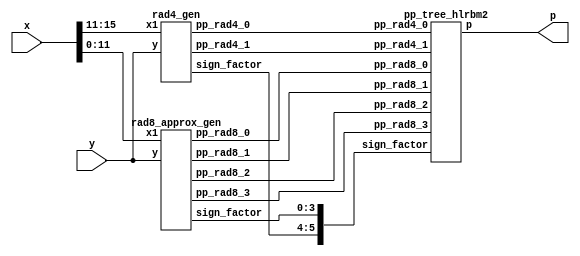
`timescale 1ns / 1ps
//////////////////////////////////////////////////////////////////////////////////
// Company: 
// Engineer: 
// 
// Design Name: 
// Module Name: AHHRE_10bit
// Project Name: 
// Target Devices: 
// Tool Versions: 
// Description: 
// 
// Dependencies: 
// 
// Revision:
// Revision 0.01 - File Created
// Additional Comments:
// 
//////////////////////////////////////////////////////////////////////////////////


module HLR_BM2(
    input [15:0] x,
    input [15:0] y,
    output [31:0] p
    );

// Generate pp
    
    // Radix 4 pp
    
    wire [16:0] pp_rad4_0;
    wire [16:0] pp_rad4_1;
    wire [5:0] sign_factor;
    
    rad4_gen rad4_gen1( 
        .x1(x[15:11]), .y(y),
        .pp_rad4_0(pp_rad4_0),
        .pp_rad4_1(pp_rad4_1),
        .sign_factor(sign_factor[5:4]));
        
    // Radix 1024 pp 
    
    wire [17:0] pp_rad8_0;
    wire [17:0] pp_rad8_1;
    wire [17:0] pp_rad8_2; 
    wire [17:0] pp_rad8_3; 

    rad8_approx_gen rad8_gen1( 
        .x1(x[11:0]), .y(y),
        .pp_rad8_0(pp_rad8_0),
        .pp_rad8_1(pp_rad8_1),
        .pp_rad8_2(pp_rad8_2),
        .pp_rad8_3(pp_rad8_3),
        .sign_factor(sign_factor[3:0]));
        

    // Tree
    pp_tree_hlrbm2 wallace_tree(
        .pp_rad4_0(pp_rad4_0),
        .pp_rad4_1(pp_rad4_1),
        .pp_rad8_0(pp_rad8_0),
        .pp_rad8_1(pp_rad8_1),
        .pp_rad8_2(pp_rad8_2),
        .pp_rad8_3(pp_rad8_3),
        .sign_factor(sign_factor),
        .p(p));
      
endmodule

// Radix 4 gen



// like on the picture

module rad4_gen( x1,y,pp_rad4_0,pp_rad4_1,sign_factor);
    // inputs
    // y multiplicand
    // x multipland 
    // P1,P2,P3 partial products
    input [15:0] y;
    input [4:0] x1;
    // output
    output [16:0] pp_rad4_0;
    output [16:0] pp_rad4_1;
    output [1:0] sign_factor;
   
    wire [1:0] one,two,sign;
    
    code code0(one[0],two[0],sign[0],x1[2],x1[1], x1[0]);
    code code1(one[1],two[1],sign[1],x1[4],x1[3], x1[2]);

 
    
    wire [16:0] tmp1_pp; 
    assign tmp1_pp = {y[15],y}; // This variable is introduced because pp has 17 bits
    
    // first pp generation 
    wire [17:0] out1;
    assign out1[0] = sign[0];
    
    genvar i;
    generate
        for ( i = 0; i < 17; i = i+1 )
            begin : pp_rad4_first 
            product pp_pr(tmp1_pp[i],out1[i],one[0],two[0],sign[0],pp_rad4_0[i],out1[i+1]);
            end
    endgenerate
    
    // second pp generation 
    wire[17:0] out2;
    assign out2[0] = sign[1];
    
    
    genvar i2;
    generate
        for ( i2 = 0; i2 < 17; i2 = i2+1 )
            begin : pp_second 
            product pp_pr(tmp1_pp[i2],out2[i2],one[1],two[1],sign[1],pp_rad4_1[i2],out2[i2+1]);
            end
    endgenerate
    
    genvar i_sign;
    generate
        for ( i_sign = 0; i_sign < 2; i_sign = i_sign+1 )
            begin : sgn_fac
            sgn_gen sgn_genXX(one[i_sign],two[i_sign],sign[i_sign],sign_factor[i_sign]);
            end
    endgenerate

endmodule


module code(one,two,sign,y2,y1,y0);  
	input y2,y1,y0;                     
	output one,two,sign;                
	wire [1:0]k;                        
	xor x1(one,y0,y1);                  
	xor x2(k[1],y2,y1);                 
	not n1(k[0],one);                   
	and a1(two,k[0],k[1]);              
	assign sign=y2;                     
endmodule        

module product(x1,x0,one,two,sign,p,i);
	input x1,x0,sign,one,two;
	output p,i;
	wire [1:0] k;
	xor xo1(i,x1,sign);
	and a1(k[1],i,one);
	and a0(k[0],x0,two);
	or o1(p,k[1],k[0]);
endmodule

//sign_factor generate

module sgn_gen(one,two,sign,sign_factor);
	input sign,one,two;
	output sign_factor;
	wire k;
	or o1(k,one,two);
	and a1(sign_factor,sign,k);
endmodule


module rad8_approx_gen( x1,y,pp_rad8_0,pp_rad8_1,pp_rad8_2,pp_rad8_3,sign_factor);
    // inputs
    // y multiplicand
    // x multipland 
    // P1,P2,P3 partial products
    input [15:0] y;
    input [11:0] x1;
    // output
    output [17:0] pp_rad8_0;
    output [17:0] pp_rad8_1;
    output [17:0] pp_rad8_2;
    output [17:0] pp_rad8_3;
    output [3:0] sign_factor;
   
    wire [3:0] one,two,four,sign;
    
    wire [3:0] ls_enc;
    assign ls_enc={x1[2:0],1'b0};

    code_rad8 code0(one[0],two[0],four[0],sign[0],ls_enc);
    code_rad8 code1(one[1],two[1],four[1],sign[1],x1[5:2]);
    code_rad8 code2(one[2],two[2],four[2],sign[2],x1[8:5]);
    code_rad8 code3(one[3],two[3],four[3],sign[3],x1[11:8]);
    
    wire [19:0] tmp1_pp; 
    assign tmp1_pp = {y[15],y[15],y,1'b0,1'b0}; // This variable is introduced because pp has 17 bits
    
    // first pp generation 
    wire [17:0] out1;
    assign out1[0] = sign[0];
    
    genvar i;
    generate
        for ( i = 0; i < 18; i = i+1 )
            begin : pp_rad8_first 
            rad8_unit pp_gen(pp_rad8_0[i],sign[0],one[0],two[0],four[0],tmp1_pp[i],tmp1_pp[i+1],tmp1_pp[i+2]);
            end
    endgenerate
    
    genvar i1;
    generate
        for ( i1 = 0; i1 < 18; i1 = i1+1 )
            begin : pp_rad8_second 
            rad8_unit pp_gen(pp_rad8_1[i1],sign[1],one[1],two[1],four[1],tmp1_pp[i1],tmp1_pp[i1+1],tmp1_pp[i1+2]);
            end
    endgenerate
    
    genvar i2;
    generate
        for ( i2 = 0; i2 < 18; i2 = i2+1 )
            begin : pp_rad8_third
            rad8_unit pp_gen(pp_rad8_2[i2],sign[2],one[2],two[2],four[2],tmp1_pp[i2],tmp1_pp[i2+1],tmp1_pp[i2+2]);
            end
    endgenerate

    genvar i3;
    generate
        for ( i3 = 0; i3 < 18; i3 = i3+1 )
            begin : pp_rad8_fourth
            rad8_unit pp_gen(pp_rad8_3[i3],sign[3],one[3],two[3],four[3],tmp1_pp[i3],tmp1_pp[i3+1],tmp1_pp[i3+2]);
            end
    endgenerate
    

    assign sign_factor = sign;

endmodule

//generation of inner products

module code_rad8(one,two,four,sign,x_enc);  
	input [3:0] x_enc;                     
	output one,two,four,sign;
      
    assign sign = x_enc[3];

    wire [1:0] tmp_four;
    assign tmp_four[0] = ~x_enc[3] &  x_enc[2]  &  x_enc[1];
    assign tmp_four[1] =  x_enc[3] & ~x_enc[2]  & ~x_enc[1];
    assign four = tmp_four[0] | tmp_four[1];

    wire [3:0] tmp_two;
    assign tmp_two[0] = ~x_enc[2] &  x_enc[1] &  x_enc[0];
    assign tmp_two[1] =  x_enc[2] & ~x_enc[1] & ~x_enc[0];
    assign tmp_two[2] =  x_enc[3] & ~x_enc[2] &  x_enc[1];
    assign tmp_two[3] = ~x_enc[3] &  x_enc[2] & ~x_enc[1];
    assign two = |(tmp_two);

    wire [3:0] tmp_one;
    assign tmp_one[0] = ~x_enc[3] & ~x_enc[2] & ~x_enc[1] &  x_enc[0];
    assign tmp_one[1] = ~x_enc[3] & ~x_enc[2] &  x_enc[1] & ~x_enc[0];
    assign tmp_one[2] =  x_enc[3] &  x_enc[2] & ~x_enc[1] &  x_enc[0];
    assign tmp_one[3] =  x_enc[3] &  x_enc[2] &  x_enc[1] & ~x_enc[0];
    assign one = |{tmp_one};           
endmodule  


module rad8_unit(pp_i,sign,one,two,four, x2, x1, x0);
    input sign, one, two,four;
    input x2,x1,x0;
    output pp_i;

    wire [2:0] a_vec;
    wire [2:0] enc_vec;

    assign a_vec = {x2,x1,x0};
    assign enc_vec = {four,two,one};
    // sign change
    wire [2:0] a_sign;
    
    assign a_sign[2] = sign ^ a_vec[2];
    assign a_sign[1] = sign ^ a_vec[1];
    assign a_sign[0] = sign ^ a_vec[0];
    
    // enc and  a_sign
    wire [2:0] a_enc;
    assign a_enc = a_sign & enc_vec;
    
    // pp_i
    assign pp_i = ( a_enc[2] | a_enc[1] | a_enc[0]);  
 
endmodule


module sgn_gen_rad8(one,two,four,sign,sign_factor);
	input sign,one,two,four;
	output sign_factor;
	wire k;
	assign k = one & two & four;
	assign sign_factor = k & sign;
endmodule


module pp_tree_hlrbm2(
    input [16:0] pp_rad4_0,
    input [16:0] pp_rad4_1,
    input [17:0] pp_rad8_0,
    input [17:0] pp_rad8_1,
    input [17:0] pp_rad8_2,
    input [17:0] pp_rad8_3,
    input [5:0] sign_factor,
    output [31:0] p);
    
    
    wire [5:0] E_MSB;
    assign E_MSB[0] = ~pp_rad8_0[17];
    assign E_MSB[1] = ~pp_rad8_1[17];
    assign E_MSB[2] = ~pp_rad8_2[17];
    assign E_MSB[3] = ~pp_rad8_3[17];
    assign E_MSB[4] = ~pp_rad4_0[16];
    assign E_MSB[5] = ~pp_rad4_1[16];
    
    wire [1:0] OR_bit;
    assign OR_bit[0] = pp_rad4_0[0] | sign_factor[4];
    assign OR_bit[1] = pp_rad4_1[0] | sign_factor[5];

    // first reduction

    // first group
    wire [16:0] sum00_FA;
    wire [16:0] carry00_FA;
    
    wire [16:0] tmp001_FA;
    wire [16:0] tmp002_FA;
    wire [16:0] tmp003_FA;
    
    assign tmp001_FA = {E_MSB[0],pp_rad8_0[17],pp_rad8_0[17],pp_rad8_0[17],pp_rad8_0[17:6],pp_rad8_0[3]};
    assign tmp002_FA = {E_MSB[1],pp_rad8_1[17:3],pp_rad8_1[0]};
    assign tmp003_FA = {pp_rad8_2[15:0],sign_factor[1]};
    
    
    genvar i001;
    generate
        for (i001 = 0; i001 < 17; i001 = i001 + 1)
            begin : pp_fad010
            FAd pp_fad(tmp001_FA[i001],tmp002_FA[i001], tmp003_FA[i001], carry00_FA[i001],sum00_FA[i001]);
            end
    endgenerate
    
    wire [3:0] sum00_HA;
    wire [3:0] carry00_HA;
    
    wire [3:0] tmp001_HA;
    wire [3:0] tmp002_HA;
    
    assign tmp001_HA = {1'b1,1'b1,pp_rad8_0[5:4]};
    assign tmp002_HA = {pp_rad8_2[17:16],pp_rad8_1[2:1]};
	
	genvar i002;
	generate
		for (i002 = 0; i002 < 4; i002 = i002 + 1)
			begin : pp_had010
			HAd pp_had(tmp001_HA[i002],tmp002_HA[i002],carry00_HA[i002],sum00_HA[i002]);
			end
	endgenerate

    // second group
	wire [14:0] sum01_FA;
    wire [14:0] carry01_FA;
    
    wire [14:0] tmp011_FA;
    wire [14:0] tmp012_FA;
    wire [14:0] tmp013_FA;
	
    assign tmp011_FA = {E_MSB[3],pp_rad8_3[17:4]};
    assign tmp012_FA = {pp_rad4_0[16:2]};
    assign tmp013_FA = {pp_rad4_1[14:1],OR_bit[1]};

    genvar i011;
    generate
        for (i011 = 0; i011 < 15; i011 = i011 + 1)
            begin : pp_fad011
            FAd pp_fad(tmp011_FA[i011],tmp012_FA[i011], tmp013_FA[i011], carry01_FA[i011],sum01_FA[i011]);
            end
    endgenerate

    wire [4:0] sum01_HA;
    wire [4:0] carry01_HA;
    
    wire [4:0] tmp011_HA;
    wire [4:0] tmp012_HA;

    assign tmp011_HA = {1'b1,E_MSB[4],pp_rad8_3[3:2],pp_rad8_3[0]};
    assign tmp012_HA = {pp_rad4_1[16:15],pp_rad4_0[1],OR_bit[0],sign_factor[3]};

    genvar i012;
	generate
		for (i012 = 0; i012 < 5; i012 = i012 + 1)
			begin : pp_had011
			HAd pp_had(tmp011_HA[i012],tmp012_HA[i012],carry01_HA[i012],sum01_HA[i012]);
			end
	endgenerate


    // second reduction
    wire [18:0] sum10_FA;
    wire [18:0] carry10_FA;
    
    wire [18:0] tmp101_FA;
    wire [18:0] tmp102_FA;
    wire [18:0] tmp103_FA;

	assign tmp101_FA = {1'b1, 1'b1, E_MSB[2],sum00_HA[3:2],sum00_FA[16:4],sum00_FA[1]};
    assign tmp102_FA = {sum01_FA[13:12],carry00_HA[3:2],carry00_FA[16:3],carry00_HA[1]};
    assign tmp103_FA = {carry01_FA[12:11],sum01_FA[11:0],sum01_HA[2:1],pp_rad8_3[1],sum01_HA[0],sign_factor[2]};

    genvar i101;
    generate
        for (i101 = 0; i101 < 19; i101 = i101 + 1)
            begin : pp_fad110
            FAd pp_fad(tmp101_FA[i101],tmp102_FA[i101], tmp103_FA[i101], carry10_FA[i101],sum10_FA[i101]);
            end
    endgenerate

    wire [5:0] sum10_HA;
    wire [5:0] carry10_HA;
    
    wire [5:0] tmp101_HA;
    wire [5:0] tmp102_HA;

    assign tmp101_HA ={E_MSB[5],sum01_HA[4:3],sum01_FA[14],sum00_FA[3:2]};
    assign tmp102_HA ={carry01_HA[4:3],carry01_FA[14:13],carry00_FA[2:1]};

    genvar i102;
    generate
        for (i102 = 0; i102 < 6; i102 = i102 + 1)
            begin : pp_fad120
            HAd pp_fad(tmp101_HA[i102],tmp102_HA[i102], carry10_HA[i102],sum10_HA[i102]);
            end
    endgenerate
    // third reduction
    wire [13:0] sum20_FA;
    wire [13:0] carry20_FA;
    
    wire [13:0] tmp201_FA;
    wire [13:0] tmp202_FA;
    wire [13:0] tmp203_FA;

    assign tmp201_FA = {sum10_FA[16:4],sum10_FA[2]};
    assign tmp202_FA = {carry10_FA[15:3],carry10_FA[1]};
    assign tmp203_FA = {carry01_FA[10:0],carry01_HA[2:0]};

    genvar i201;
    generate
        for (i201 = 0; i201 < 14; i201 = i201 + 1)
            begin : pp_fad210
            FAd pp_fad(tmp201_FA[i201],tmp202_FA[i201], tmp203_FA[i201], carry20_FA[i201],sum20_FA[i201]);
            end
    endgenerate

    wire [7:0] sum20_HA;
    wire [7:0] carry20_HA;
    
    wire [7:0] tmp201_HA;
    wire [7:0] tmp202_HA;

    assign tmp201_HA ={1'b1,sum10_HA[5:2],sum10_FA[18:17],sum10_FA[3]};
    assign tmp202_HA ={carry10_HA[5:2],carry10_FA[18:16],carry10_FA[2]};

    genvar i202;
    generate
        for (i202 = 0; i202 < 8; i202 = i202 + 1)
            begin : pp_fad220
            HAd pp_fad(tmp201_HA[i202],tmp202_HA[i202], carry20_HA[i202],sum20_HA[i202]);
            end
    endgenerate

    // Final addition
	// CLA adder 

	wire [31:0] tmp_ADD1;
	wire [31:0] tmp_ADD2;

	assign tmp_ADD1 = {1'b0,sum20_HA[7:1],sum20_FA[13:1],sum20_HA[0],sum20_FA[0],sum10_FA[1],sum10_HA[1:0],sum10_FA[0],sum00_HA[1:0],sum00_FA[0],pp_rad8_0[2:0]};
	assign tmp_ADD2 = {carry20_HA[7:1],carry20_FA[13:1],carry20_HA[0],carry20_FA[0],carry10_FA[1],carry10_HA[1:0],carry10_FA[0],1'b0,carry00_HA[0],carry00_FA[0],3'b0,sign_factor[0]};
	// Final product

	assign p = tmp_ADD1 + tmp_ADD2;
	
endmodule


module pp_tree_hlrbm2_v3(
    input [16:0] pp_rad4_0,
    input [16:0] pp_rad4_1,
    input [17:0] pp_rad8_0,
    input [17:0] pp_rad8_1,
    input [17:0] pp_rad8_2,
    input [17:0] pp_rad8_3,
    input [5:0] sign_factor,
    output [31:0] p);
    
    
    wire [5:0] E_MSB;
    assign E_MSB[0] = ~pp_rad8_0[17];
    assign E_MSB[1] = ~pp_rad8_1[17];
    assign E_MSB[2] = ~pp_rad8_2[17];
    assign E_MSB[3] = ~pp_rad8_3[17];
    assign E_MSB[4] = ~pp_rad4_0[16];
    assign E_MSB[5] = ~pp_rad4_1[16];
    
    wire [1:0] OR_bit;
    assign OR_bit[0] = pp_rad4_0[0] | sign_factor[4];
    assign OR_bit[1] = pp_rad4_1[0] | sign_factor[5];

    // first reduction

    // first group
    wire [15:0] sum00_FA;
    wire [15:0] carry00_FA;
    
    wire [15:0] tmp001_FA;
    wire [15:0] tmp002_FA;
    wire [15:0] tmp003_FA;
    
    assign tmp001_FA = {E_MSB[0],pp_rad8_0[17],pp_rad8_0[17],pp_rad8_0[17],pp_rad8_0[16:6],pp_rad8_0[3]};
    assign tmp002_FA = {E_MSB[1],pp_rad8_1[16:3],pp_rad8_1[0]};
    assign tmp003_FA = {pp_rad8_2[14:0],sign_factor[1]};
    
    
    genvar i001;
    generate
        for (i001 = 0; i001 < 16; i001 = i001 + 1)
            begin : pp_fad010
            FAd pp_fad(tmp001_FA[i001],tmp002_FA[i001], tmp003_FA[i001], carry00_FA[i001],sum00_FA[i001]);
            end
    endgenerate
    
    wire [3:0] sum00_HA;
    wire [3:0] carry00_HA;
    
    wire [3:0] tmp001_HA;
    wire [3:0] tmp002_HA;
    
    assign tmp001_HA = {1'b1,1'b1,pp_rad8_0[5:4]};
    assign tmp002_HA = {pp_rad8_2[16:15],pp_rad8_1[2:1]};
	
	genvar i002;
	generate
		for (i002 = 0; i002 < 4; i002 = i002 + 1)
			begin : pp_had010
			HAd pp_had(tmp001_HA[i002],tmp002_HA[i002],carry00_HA[i002],sum00_HA[i002]);
			end
	endgenerate

    // second group
	wire [13:0] sum01_FA;
    wire [13:0] carry01_FA;
    
    wire [13:0] tmp011_FA;
    wire [13:0] tmp012_FA;
    wire [13:0] tmp013_FA;
	
    assign tmp011_FA = {E_MSB[3],pp_rad8_3[16:4]};
    assign tmp012_FA = {pp_rad4_0[15:2]};
    assign tmp013_FA = {pp_rad4_1[13:1],OR_bit[1]};

    genvar i011;
    generate
        for (i011 = 0; i011 < 14; i011 = i011 + 1)
            begin : pp_fad011
            FAd pp_fad(tmp011_FA[i011],tmp012_FA[i011], tmp013_FA[i011], carry01_FA[i011],sum01_FA[i011]);
            end
    endgenerate

    wire [4:0] sum01_HA;
    wire [4:0] carry01_HA;
    
    wire [4:0] tmp011_HA;
    wire [4:0] tmp012_HA;

    assign tmp011_HA = {1'b1,E_MSB[4],pp_rad8_3[3:2],pp_rad8_3[0]};
    assign tmp012_HA = {pp_rad4_1[15:14],pp_rad4_0[1],OR_bit[0],sign_factor[3]};

    genvar i012;
	generate
		for (i012 = 0; i012 < 5; i012 = i012 + 1)
			begin : pp_had011
			HAd pp_had(tmp011_HA[i012],tmp012_HA[i012],carry01_HA[i012],sum01_HA[i012]);
			end
	endgenerate


    // second reduction
    wire [17:0] sum10_FA;
    wire [17:0] carry10_FA;
    
    wire [17:0] tmp101_FA;
    wire [17:0] tmp102_FA;
    wire [17:0] tmp103_FA;

	assign tmp101_FA = {1'b1, 1'b1, E_MSB[2],sum00_HA[3:2],sum00_FA[15:4],sum00_FA[1]};
    assign tmp102_FA = {sum01_FA[12:11],carry00_HA[3:2],carry00_FA[15:3],carry00_HA[1]};
    assign tmp103_FA = {carry01_FA[11:10],sum01_FA[10:0],sum01_HA[2:1],pp_rad8_3[1],sum01_HA[0],sign_factor[2]};

    genvar i101;
    generate
        for (i101 = 0; i101 < 18; i101 = i101 + 1)
            begin : pp_fad110
            FAd pp_fad(tmp101_FA[i101],tmp102_FA[i101], tmp103_FA[i101], carry10_FA[i101],sum10_FA[i101]);
            end
    endgenerate

    wire [5:0] sum10_HA;
    wire [5:0] carry10_HA;
    
    wire [5:0] tmp101_HA;
    wire [5:0] tmp102_HA;

    assign tmp101_HA ={E_MSB[5],sum01_HA[4:3],sum01_FA[13],sum00_FA[3:2]};
    assign tmp102_HA ={carry01_HA[4:3],carry01_FA[13:12],carry00_FA[2:1]};

    genvar i102;
    generate
        for (i102 = 0; i102 < 6; i102 = i102 + 1)
            begin : pp_fad120
            HAd pp_fad(tmp101_HA[i102],tmp102_HA[i102], carry10_HA[i102],sum10_HA[i102]);
            end
    endgenerate
    // third reduction
    wire [12:0] sum20_FA;
    wire [12:0] carry20_FA;
    
    wire [12:0] tmp201_FA;
    wire [12:0] tmp202_FA;
    wire [12:0] tmp203_FA;

    assign tmp201_FA = {sum10_FA[15:4],sum10_FA[2]};
    assign tmp202_FA = {carry10_FA[14:3],carry10_FA[1]};
    assign tmp203_FA = {carry01_FA[9:0],carry01_HA[1:0]};

    genvar i201;
    generate
        for (i201 = 0; i201 < 13; i201 = i201 + 1)
            begin : pp_fad210
            FAd pp_fad(tmp201_FA[i201],tmp202_FA[i201], tmp203_FA[i201], carry20_FA[i201],sum20_FA[i201]);
            end
    endgenerate

    wire [7:0] sum20_HA;
    wire [7:0] carry20_HA;
    
    wire [7:0] tmp201_HA;
    wire [7:0] tmp202_HA;

    assign tmp201_HA ={1'b1,sum10_HA[5:2],sum10_FA[17:16],sum10_FA[3]};
    assign tmp202_HA ={carry10_HA[5:2],carry10_FA[17:15],carry10_FA[2]};

    genvar i202;
    generate
        for (i202 = 0; i202 < 8; i202 = i202 + 1)
            begin : pp_fad220
            HAd pp_fad(tmp201_HA[i202],tmp202_HA[i202], carry20_HA[i202],sum20_HA[i202]);
            end
    endgenerate

    // Final addition
	// CLA adder 

	wire [31:0] tmp_ADD1;
	wire [31:0] tmp_ADD2;

	assign tmp_ADD1 = {1'b1,sum20_HA[7:1],sum20_FA[12:1],sum20_HA[0],sum20_FA[0],sum10_FA[1],sum10_HA[1:0],sum10_FA[0],sum00_HA[1:0],sum00_FA[0],pp_rad8_0[2:0]};
	assign tmp_ADD2 = {carry20_HA[7:1],carry20_FA[12:1],carry20_HA[0],carry20_FA[0],carry10_FA[1],carry10_HA[1:0],carry10_FA[0],1'b0,carry00_HA[0],carry00_FA[0],3'b0,sign_factor[0]};
	// Final product

	assign p = tmp_ADD1 + tmp_ADD2;
	
endmodule




module pp_tree_hlrbm2_v2(
    input [16:0] pp_rad4_0,
    input [16:0] pp_rad4_1,
    input [17:0] pp_rad8_0,
    input [17:0] pp_rad8_1,
    input [17:0] pp_rad8_2,
    input [17:0] pp_rad8_3,
    input [5:0] sign_factor,
    output [31:0] p);
    
    
    wire [5:0] E_MSB;
    assign E_MSB[0] = ~pp_rad8_0[17];
    assign E_MSB[1] = ~pp_rad8_1[17];
    assign E_MSB[2] = ~pp_rad8_2[17];
    assign E_MSB[3] = ~pp_rad8_3[17];
    assign E_MSB[4] = ~pp_rad4_0[16];
    assign E_MSB[5] = ~pp_rad4_1[16];
    
    wire [1:0] OR_bit;
    assign OR_bit[0] = pp_rad4_0[0] | sign_factor[4];
    assign OR_bit[1] = pp_rad4_0[1] | sign_factor[5];

    // first reduction

    // first group
    wire [15:0] sum00_FA;
    wire [15:0] carry00_FA;
    
    wire [15:0] tmp001_FA;
    wire [15:0] tmp002_FA;
    wire [15:0] tmp003_FA;
    
    assign tmp001_FA = {E_MSB[0],pp_rad8_0[17],pp_rad8_0[17],pp_rad8_0[17],pp_rad8_0[16:6],pp_rad8_0[3]};
    assign tmp002_FA = {E_MSB[1],pp_rad8_1[16:3],pp_rad8_1[0]};
    assign tmp003_FA = {pp_rad8_2[14:0],sign_factor[1]};
    
    
    genvar i001;
    generate
        for (i001 = 0; i001 < 16; i001 = i001 + 1)
            begin : pp_fad010
            FAd pp_fad(tmp001_FA[i001],tmp002_FA[i001], tmp003_FA[i001], carry00_FA[i001],sum00_FA[i001]);
            end
    endgenerate
    
    wire [3:0] sum00_HA;
    wire [3:0] carry00_HA;
    
    wire [3:0] tmp001_HA;
    wire [3:0] tmp002_HA;
    
    assign tmp001_HA = {1'b1,1'b1,pp_rad8_0[5:4]};
    assign tmp002_HA = {pp_rad8_1[16:15],pp_rad8_1[2:1]};
	
	genvar i002;
	generate
		for (i002 = 0; i002 < 4; i002 = i002 + 1)
			begin : pp_had010
			HAd pp_had(tmp001_HA[i002],tmp002_HA[i002],carry00_HA[i002],sum00_HA[i002]);
			end
	endgenerate

    // second group
	wire [13:0] sum01_FA;
    wire [13:0] carry01_FA;
    
    wire [13:0] tmp011_FA;
    wire [13:0] tmp012_FA;
    wire [13:0] tmp013_FA;
	
    assign tmp011_FA = {E_MSB[3],pp_rad8_3[16:4]};
    assign tmp012_FA = {pp_rad4_0[15:2]};
    assign tmp013_FA = {pp_rad4_1[13:1],OR_bit[1]};

    genvar i011;
    generate
        for (i011 = 0; i011 < 14; i011 = i011 + 1)
            begin : pp_fad011
            FAd pp_fad(tmp011_FA[i011],tmp012_FA[i011], tmp013_FA[i011], carry01_FA[i011],sum01_FA[i011]);
            end
    endgenerate

    wire [4:0] sum01_HA;
    wire [4:0] carry01_HA;
    
    wire [4:0] tmp011_HA;
    wire [4:0] tmp012_HA;

    assign tmp011_HA = {1'b1,E_MSB[4],pp_rad8_3[3:2],pp_rad8_3[0]};
    assign tmp012_HA = {pp_rad4_1[15:14],pp_rad4_0[1],OR_bit[0],sign_factor[3]};

    genvar i012;
	generate
		for (i012 = 0; i012 < 5; i012 = i012 + 1)
			begin : pp_had011
			HAd pp_had(tmp011_HA[i012],tmp012_HA[i012],carry01_HA[i012],sum01_HA[i012]);
			end
	endgenerate


    // second reduction
    wire [17:0] sum10_FA;
    wire [17:0] carry10_FA;
    
    wire [17:0] tmp101_FA;
    wire [17:0] tmp102_FA;
    wire [17:0] tmp103_FA;

	assign tmp101_FA = {1'b1, 1'b1, E_MSB[2],sum00_HA[3:2],sum00_FA[15:4],sum00_FA[1]};
    assign tmp102_FA = {sum01_FA[12:11],carry00_HA[3:2],carry00_FA[15:3],carry00_HA[1]};
    assign tmp103_FA = {carry01_FA[11:10],sum01_FA[10:0],sum01_HA[2:1],pp_rad8_3[1],sum01_HA[0],sign_factor[2]};

    genvar i101;
    generate
        for (i101 = 0; i101 < 18; i101 = i101 + 1)
            begin : pp_fad110
            FAd pp_fad(tmp101_FA[i101],tmp102_FA[i101], tmp103_FA[i101], carry10_FA[i101],sum10_FA[i101]);
            end
    endgenerate

    wire [5:0] sum10_HA;
    wire [5:0] carry10_HA;
    
    wire [5:0] tmp101_HA;
    wire [5:0] tmp102_HA;

    assign tmp101_HA ={E_MSB[5],sum01_HA[4:3],sum01_FA[13],sum00_FA[3:2]};
    assign tmp102_HA ={carry01_HA[4:3],carry01_FA[13:12],carry00_FA[2:1]};

    genvar i102;
    generate
        for (i102 = 0; i102 < 6; i102 = i102 + 1)
            begin : pp_fad120
            HAd pp_fad(tmp101_HA[i102],tmp102_HA[i102], carry10_HA[i102],sum10_HA[i102]);
            end
    endgenerate
    // third reduction
    wire [12:0] sum20_FA;
    wire [12:0] carry20_FA;
    
    wire [12:0] tmp201_FA;
    wire [12:0] tmp202_FA;
    wire [12:0] tmp203_FA;

    assign tmp201_FA = {sum10_FA[15:4],sum10_FA[2]};
    assign tmp202_FA = {carry10_FA[14:3],carry10_FA[1]};
    assign tmp203_FA = {carry01_FA[9:0],carry01_HA[1:0]};

    genvar i201;
    generate
        for (i201 = 0; i201 < 13; i201 = i201 + 1)
            begin : pp_fad210
            FAd pp_fad(tmp201_FA[i201],tmp202_FA[i201], tmp203_FA[i201], carry20_FA[i201],sum20_FA[i201]);
            end
    endgenerate

    wire [7:0] sum20_HA;
    wire [7:0] carry20_HA;
    
    wire [7:0] tmp201_HA;
    wire [7:0] tmp202_HA;

    assign tmp201_HA ={1'b1,sum10_HA[5:2],sum10_FA[17:16],sum10_FA[3]};
    assign tmp202_HA ={carry10_HA[5:2],carry10_FA[17:15],carry10_FA[2]};

    genvar i202;
    generate
        for (i202 = 0; i202 < 8; i202 = i202 + 1)
            begin : pp_fad220
            HAd pp_fad(tmp201_HA[i202],tmp202_HA[i202], carry20_HA[i202],sum20_HA[i202]);
            end
    endgenerate

    // Final addition
	// CLA adder 

	wire [31:0] tmp_ADD1;
	wire [31:0] tmp_ADD2;

	assign tmp_ADD1 = {sum20_HA[7],sum20_HA[7:1],sum20_FA[12:1],sum20_HA[0],sum20_FA[0],sum10_FA[1],sum10_HA[1:0],sum10_FA[0],sum00_HA[1:0],sum00_FA[0],pp_rad8_0[2:0]};
	assign tmp_ADD2 = {carry20_HA[7:1],carry20_FA[12:1],carry20_HA[0],carry20_FA[0],carry10_FA[1],carry10_HA[1:0],carry10_FA[0],1'b0,carry00_HA[0],carry00_FA[0],3'b0,sign_factor[0]};
	// Final product

	assign p = tmp_ADD1 + tmp_ADD2;
	
endmodule

module HAd(a,b,c,s);
	input a,b;
	output c,s;
	xor x1(s,a,b);
	and a1(c,a,b);
endmodule

module FAd(a,b,c,cy,sm);
	input a,b,c;
	output cy,sm;
	wire x,y,z;
	xor x1(x,a,b);
	xor x2(sm,x,c);
	and a1(y,a,b);
	and a2(z,x,c);
	or o1(cy,y,z);
endmodule